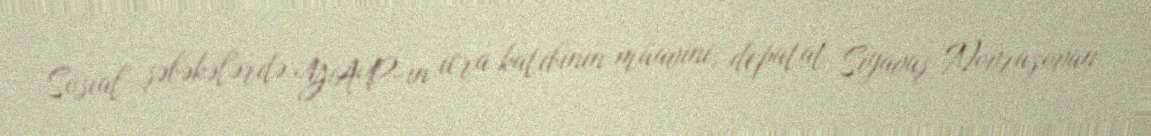
Sosial şəbəkələrdə YAP-ın icra katibinin müavini, deputat Siyavuş Novruzovun